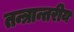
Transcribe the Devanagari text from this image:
तन्त्रान्तरीय